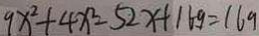
9 x ^ { 2 } + 4 x ^ { 2 } - 5 2 x + 1 6 9 = 1 6 9